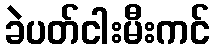
ခဲပတ်ငါးမီးကင်